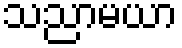
သညာမယာ